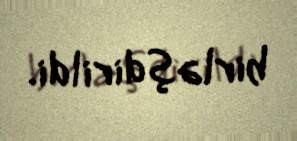
birləşdirildi.